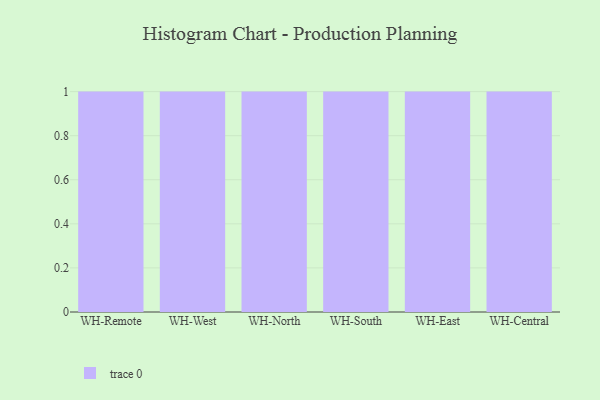
{"axis": {"x": "Warehouse", "y": "Conversion Rate (%)"}, "legend": [""], "data": [{"x": "WH-Remote", "y": 17, "type": ""}, {"x": "WH-West", "y": 52, "type": ""}, {"x": "WH-North", "y": 15, "type": ""}, {"x": "WH-South", "y": 8, "type": ""}, {"x": "WH-East", "y": 32, "type": ""}, {"x": "WH-Central", "y": 31, "type": ""}]}